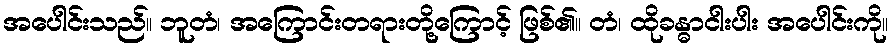
အပေါင်းသည်။ ဘူတံ၊ အကြောင်းတရားတို့ကြောင့် ဖြစ်၏။ တံ၊ ထိုခန္ဓာငါးပါး အပေါင်းကို။